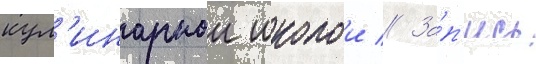
кул'инарнои школои // За́п'ись